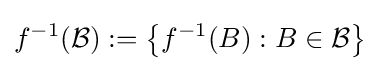
f^{-1}({\mathcal {B}}):=\left\{f^{-1}(B):B\in {\mathcal {B}}\right\}